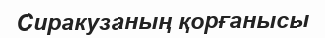
Сиракузаның қорғанысы